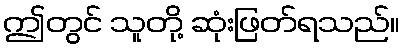
ဤတွင် သူတို့ ဆုံးဖြတ်ရသည်။